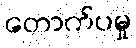
တောက်ပမှု